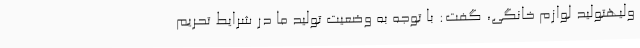
ولیهتولید لوازم خانگی، گفت: با توجه به وضعیت تولید ما در شرایط تحریم